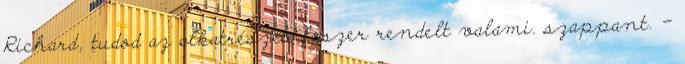
Richard, tudod az alkatrészes fószer rendelt valami. szappant. -